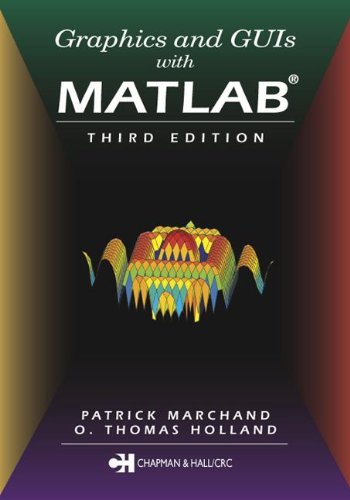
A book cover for Graphics and GUIs with MATLAB, Third Edition (Graphics & GUIs with MATLAB); O. Thomas Holland; Science & Math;